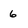
Character: 6